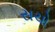
સચો